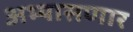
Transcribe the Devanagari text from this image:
अभ्यासणार